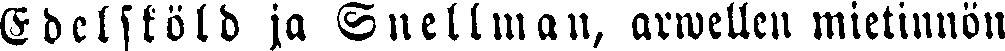
Edelsföld ja Snellman, arwellen mietinnön